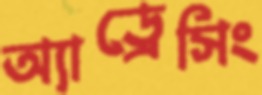
অ্যাড্রেসিং